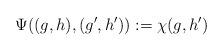
LaTeX: \begin{align*} \Psi((g,h),(g',h')) := \chi(g,h')\end{align*}